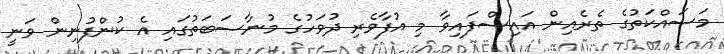
މަސައްކަތުގެ ތެރެއިން އައިސްފައިވާ މި އުފާވެރި ދުވަހުގެ މުނާސަބަތުގައި އެ ކުންފުނިން ވަނީ